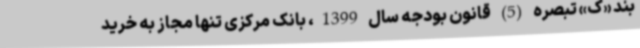
بند «ک» تبصره (5) قانون بودجه سال 1399، بانک مرکزی تنها مجاز به خرید